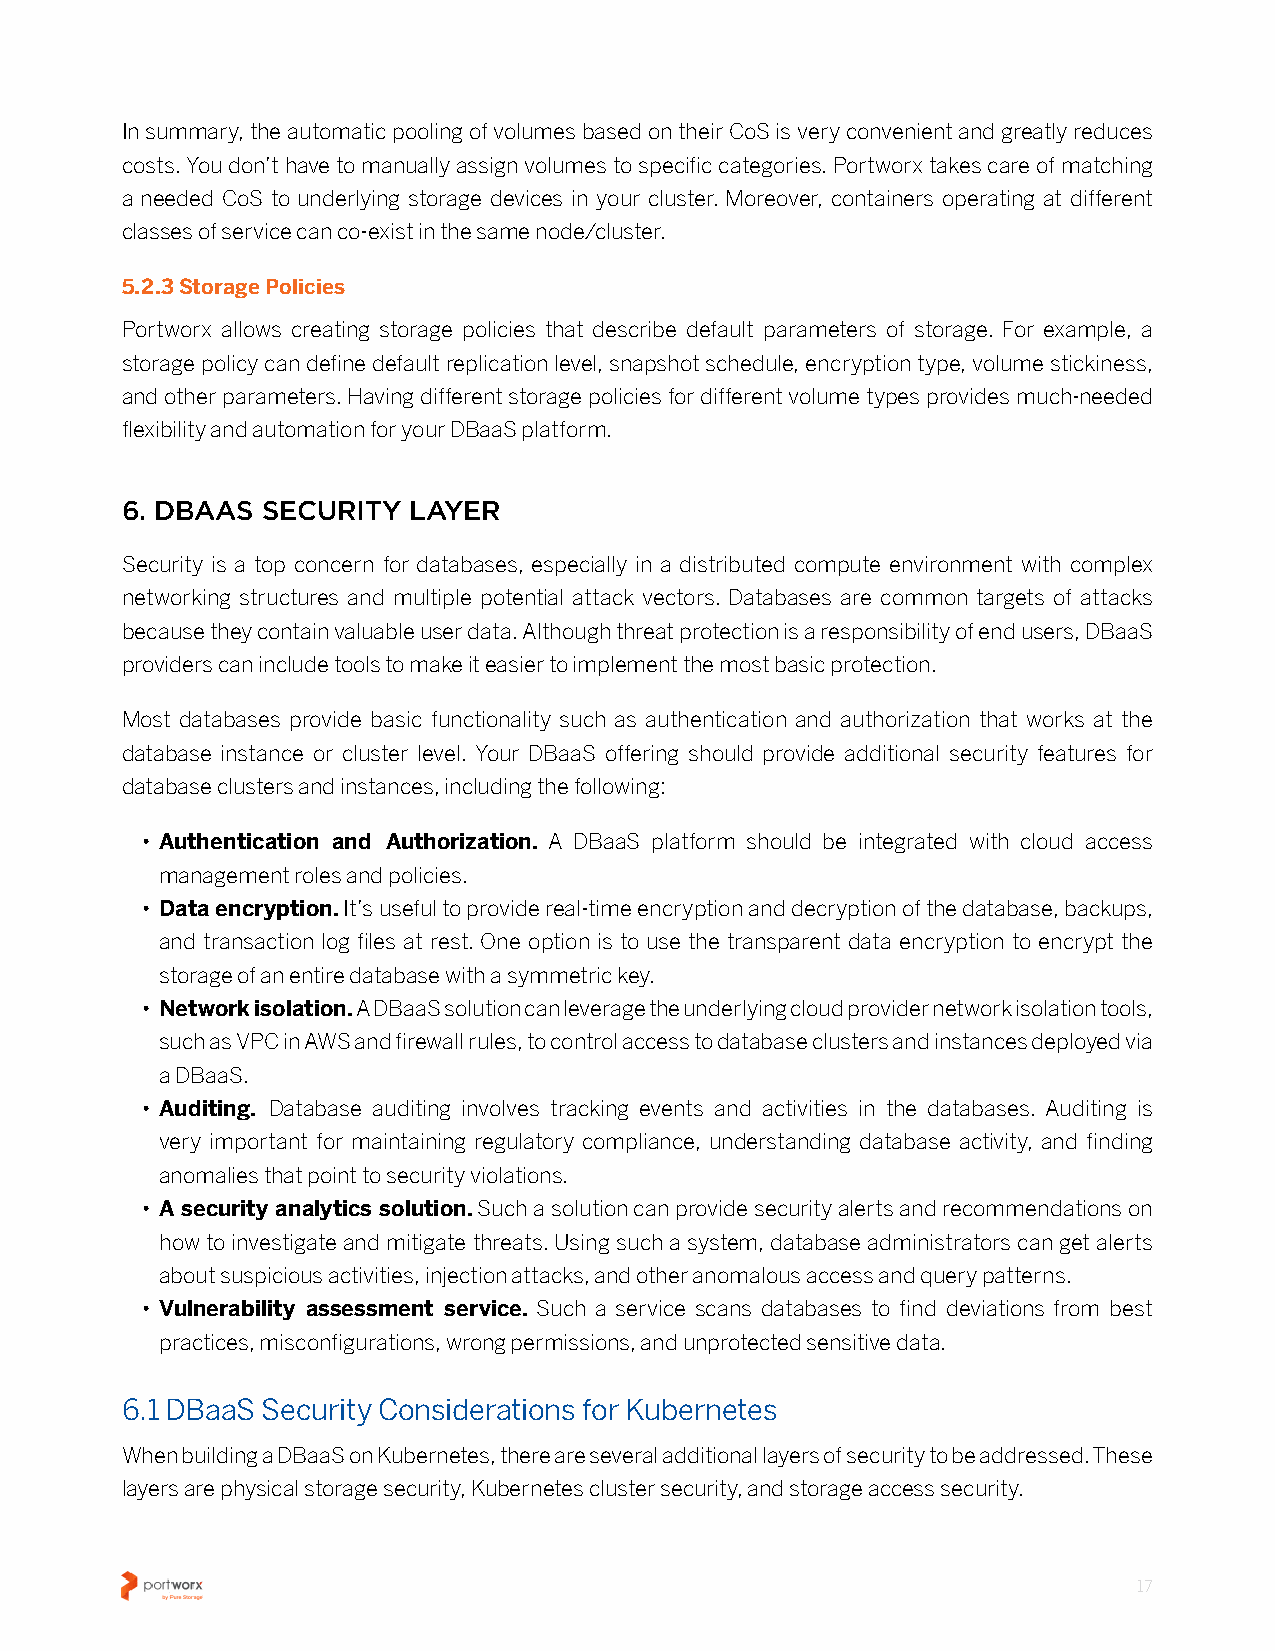
In summary, the automatic pooling of volumes based on their CoS is very convenient and greatly reduces
 costs� You don’t have to manually assign volumes to specific categories� Portworx takes care of matching
 a needed CoS to underlying storage devices in your cluster� Moreover, containers operating at different
 classes of service can co-exist in the same node/cluster�
 5.2.3 Storage Policies
 Portworx allows creating storage policies that describe default parameters of storage� For example, a
 storage policy can define default replication level, snapshot schedule, encryption type, volume stickiness,
 and other parameters� Having different storage policies for different volume types provides much-needed
 flexibility and automation for your DBaaS platform�
 6. DBAAS SECURITY  LAYER
 Security is a top concern for databases, especially in a distributed compute environment with complex
 networking structures and multiple potential attack vectors� Databases are common targets of attacks
 because they contain valuable user data� Although threat protection is a responsibility of end users, DBaaS
 providers can include tools to make it easier to implement the most basic protection�
 Most databases provide basic functionality such as authentication and authorization that works at the
 database instance or cluster level� Your DBaaS offering should provide additional security features for
 database clusters and instances, including the following:
 • Authentication and Authorization. A DBaaS platform should be integrated with cloud access
 management roles and policies�
 • Data encryption. It’s useful to provide real-time encryption and decryption of the database, backups,
 and transaction log files at rest� One option is to use the transparent data encryption to encrypt the
 storage of an entire database with a symmetric key�
 • Network isolation. A DBaaS solution can leverage the underlying cloud provider network isolation tools,
 such as VPC in AWS and firewall rules, to control access to database clusters and instances deployed via
 a DBaaS�
 • Auditing. Database auditing involves tracking events and activities in the databases� Auditing is
 very important for maintaining regulatory compliance, understanding database activity, and finding
 anomalies that point to security violations�
 • A security analytics solution. Such a solution can provide security alerts and recommendations on
 how to investigate and mitigate threats� Using such a system, database administrators can get alerts
 about suspicious activities, injection attacks, and other anomalous access and query patterns�
 • Vulnerability assessment service. Such a service scans databases to find deviations from best
 practices, misconfigurations, wrong permissions, and unprotected sensitive data�
 6.1 DBaaS Security Considerations for Kubernetes
 When building a DBaaS on Kubernetes, there are several additional layers of security to be addressed� These
 layers are physical storage security, Kubernetes cluster security, and storage access security�
 17